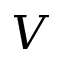
V